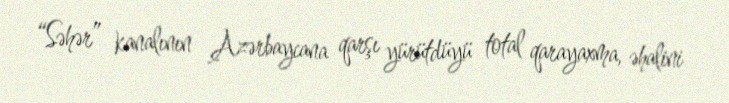
“Səhər” kanalının Azərbaycana qarşı yürütdüyü total qarayaxma, əhalini